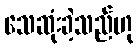
သေဆုံးခဲ့သည်ဟု